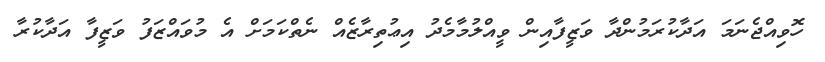
ހޮވިއްޖެނަމަ އަދާކުރަމުންދާ ވަޒީފާއިން ވީއްލުމާމެދު އިޢުތިރާޒެއް ނެތްކަމަށް އެ މުވައްޒަފު ވަޒީފާ އަދާކުރާ